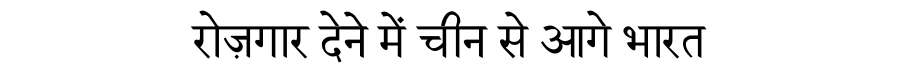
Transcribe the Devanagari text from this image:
रोज़गार देने में चीन से आगे भारत